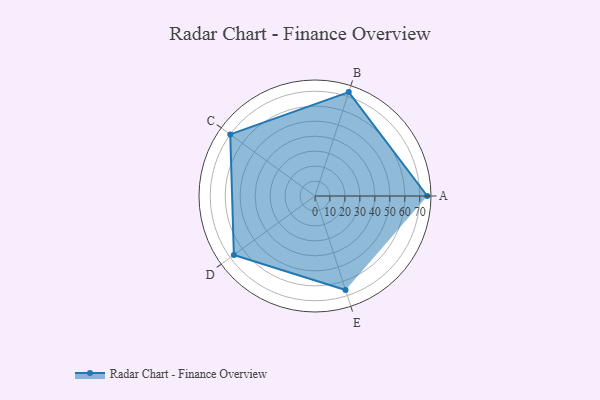
{"axis": {"x": "Skill", "y": "Score"}, "legend": ["Profile"], "data": [{"x": "A", "y": 75.0, "type": "Profile"}, {"x": "B", "y": 73.0, "type": "Profile"}, {"x": "C", "y": 70.0, "type": "Profile"}, {"x": "D", "y": 67.0, "type": "Profile"}, {"x": "E", "y": 66.0, "type": "Profile"}]}